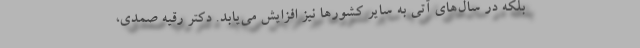
بلکه در سال‌های آتی به سایر کشورها نیز افزایش می‌یابد. دکتر رقیه صمدی،